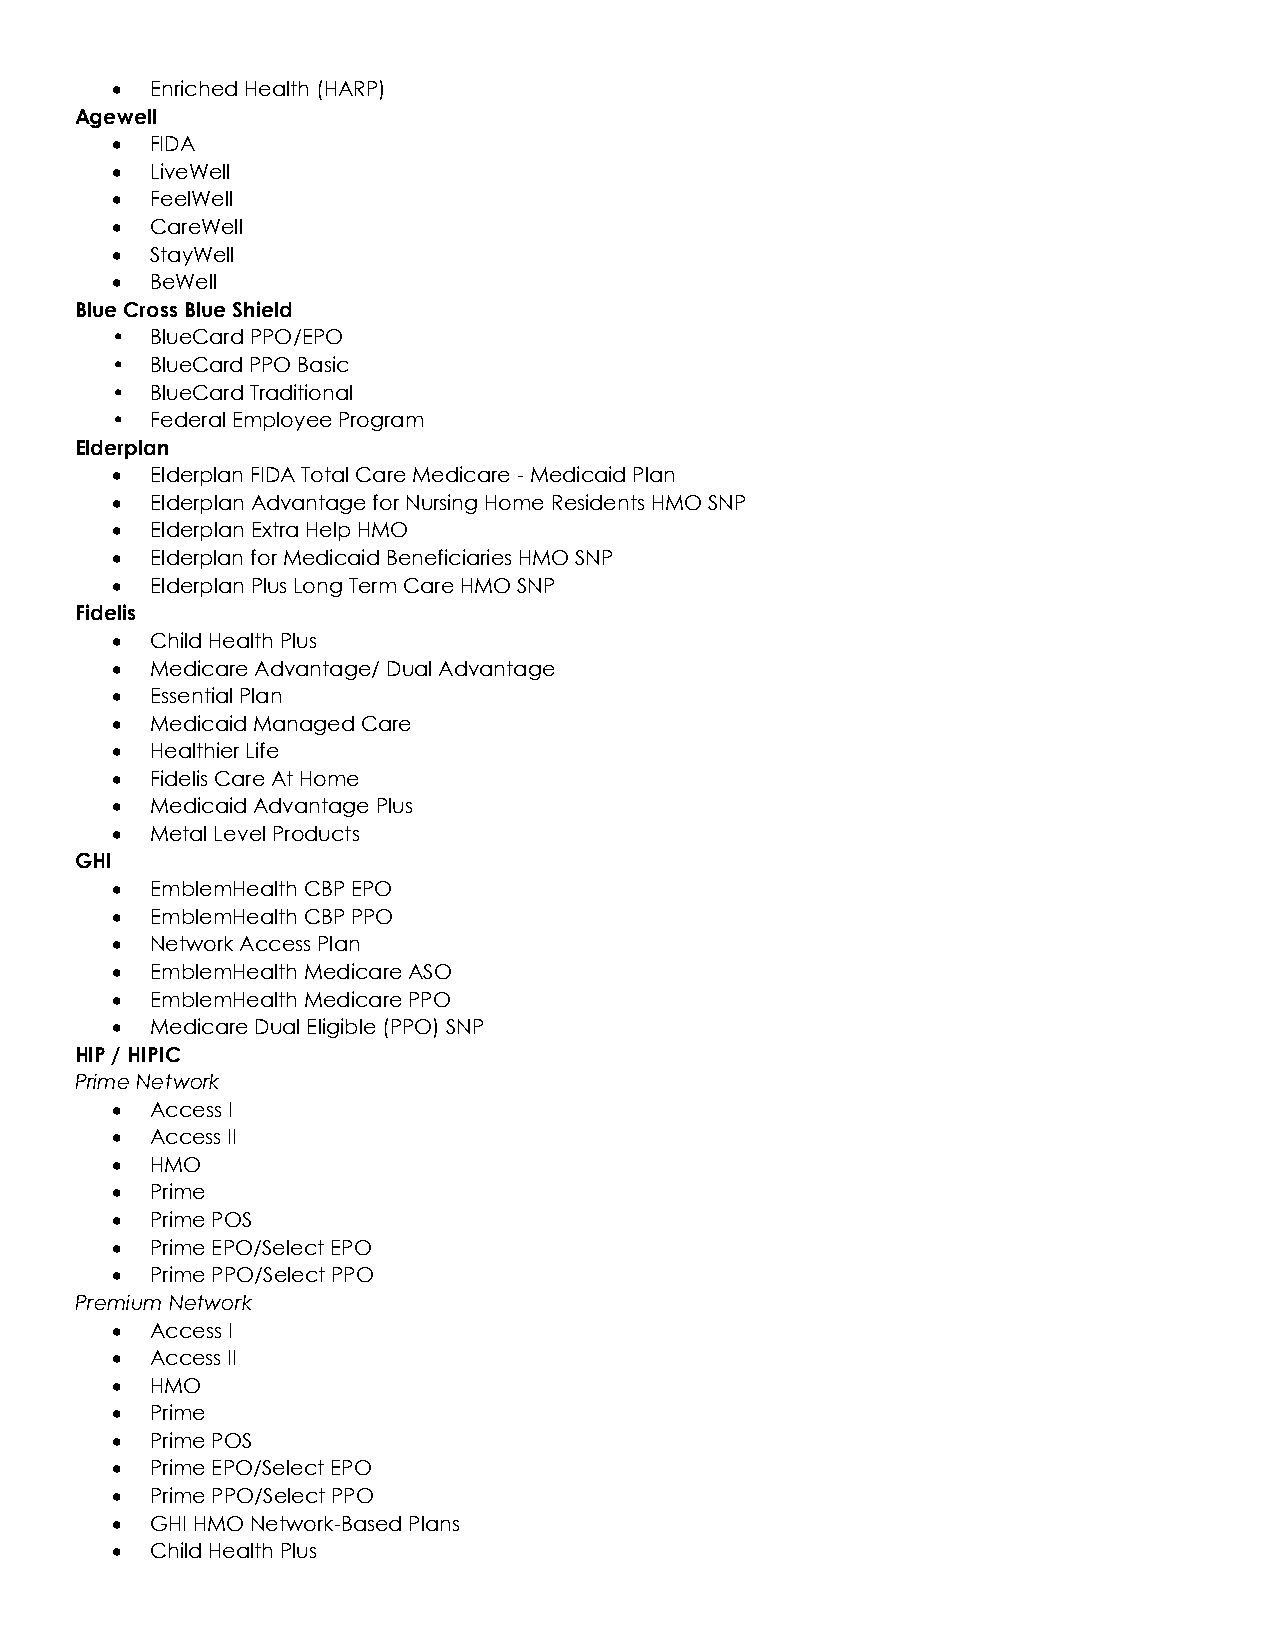
•  Enriched Health (HARP)
 Agewell
 •  FIDA
 •  LiveWell
 •  FeelWell
 •  CareWell
 •  StayWell
 •  BeWell
 Blue Cross Blue Shield
 •  BlueCard PPO/EPO
 •  BlueCard PPO Basic
 •  BlueCard Traditional
 •  Federal Employee Program
 Elderplan
 •  Elderplan FIDA Total Care Medicare - Medicaid Plan
 •  Elderplan Advantage for Nursing Home Residents HMO SNP
 •  Elderplan Extra Help HMO
 •  Elderplan for Medicaid Beneficiaries HMO SNP
 •  Elderplan Plus Long Term Care HMO SNP
 Fidelis
 •  Child Health Plus
 •  Medicare Advantage/ Dual Advantage
 •  Essential Plan
 •  Medicaid Managed Care
 •  Healthier Life
 •  Fidelis Care At Home
 •  Medicaid Advantage Plus
 •  Metal Level Products
 GHI
 •  EmblemHealth CBP EPO
 •  EmblemHealth CBP PPO
 •  Network Access Plan
 •  EmblemHealth Medicare ASO
 •  EmblemHealth Medicare PPO
 •  Medicare Dual Eligible (PPO) SNP
 HIP / HIPIC
 Prime Network
 •  Access I
 •  Access II
 •  HMO
 •  Prime
 •  Prime POS
 •  Prime EPO/Select EPO
 •  Prime PPO/Select PPO
 Premium Network
 •  Access I
 •  Access II
 •  HMO
 •  Prime
 •  Prime POS
 •  Prime EPO/Select EPO
 •  Prime PPO/Select PPO
 •  GHI HMO Network-Based Plans
 •  Child Health Plus